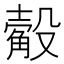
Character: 𣫅